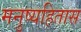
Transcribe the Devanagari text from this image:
मनुष्यहितास